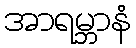
အာရမ္ဘာနံ